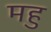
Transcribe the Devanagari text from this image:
महु